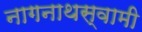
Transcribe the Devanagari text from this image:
नागनाथस्वामी